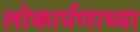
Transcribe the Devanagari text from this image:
लोकार्पणाच्या